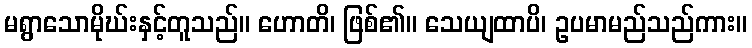
မရွာသောမိုဃ်းနှင့်တူသည်။ ဟောတိ၊ ဖြစ်၏။ သေယျထာပိ၊ ဥပမာမည်သည်ကား။